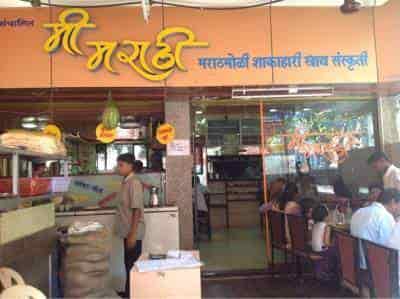
Language: marathi
Transcription: मी मराठमोळी शाकाहारी छाव संस्कृती मराठी